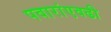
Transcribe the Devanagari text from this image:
पवारांएवढी